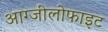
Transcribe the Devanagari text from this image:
आग्जीलोफाइट